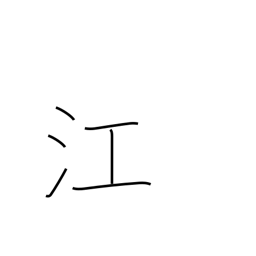
Meaning: inlet